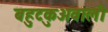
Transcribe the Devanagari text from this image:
बहुटकुअवाली